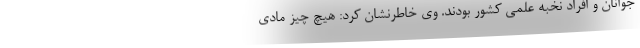
جوانان و افراد نخبه علمی کشور بودند. وی خاطرنشان کرد: هیچ چیز مادی